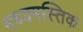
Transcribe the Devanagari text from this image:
मध्यमस्तिक